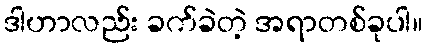
ဒါဟာလည်း ခက်ခဲတဲ့ အရာတစ်ခုပါ။